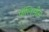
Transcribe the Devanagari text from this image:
पॉलिसीस